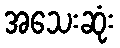
အသေးဆုံး